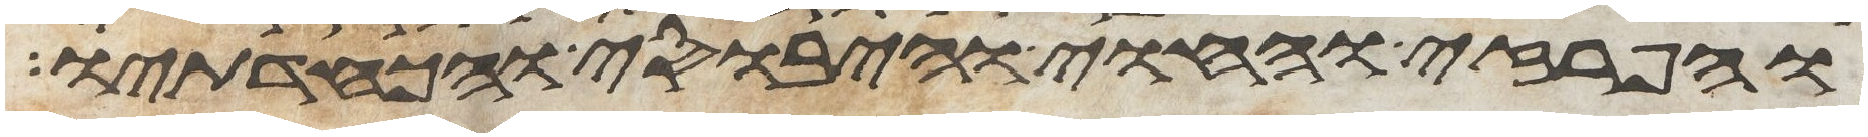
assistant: והפרזי והחוי והיבוסי והכחדתיו